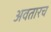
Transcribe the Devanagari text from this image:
अवतारच